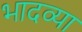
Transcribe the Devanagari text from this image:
भादव्या